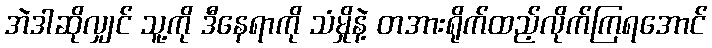
အဲဒါဆိုလျှင် သူ့ကို ဒီနေရာကို သံမှိုနဲ့ တအားရိုက်ထည့်လိုက်ကြရအောင်